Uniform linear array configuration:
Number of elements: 32
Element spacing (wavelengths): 0.5
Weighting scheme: kaiser
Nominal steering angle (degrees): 30
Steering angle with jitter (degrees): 31.066
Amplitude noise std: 0.05
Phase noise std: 0.05

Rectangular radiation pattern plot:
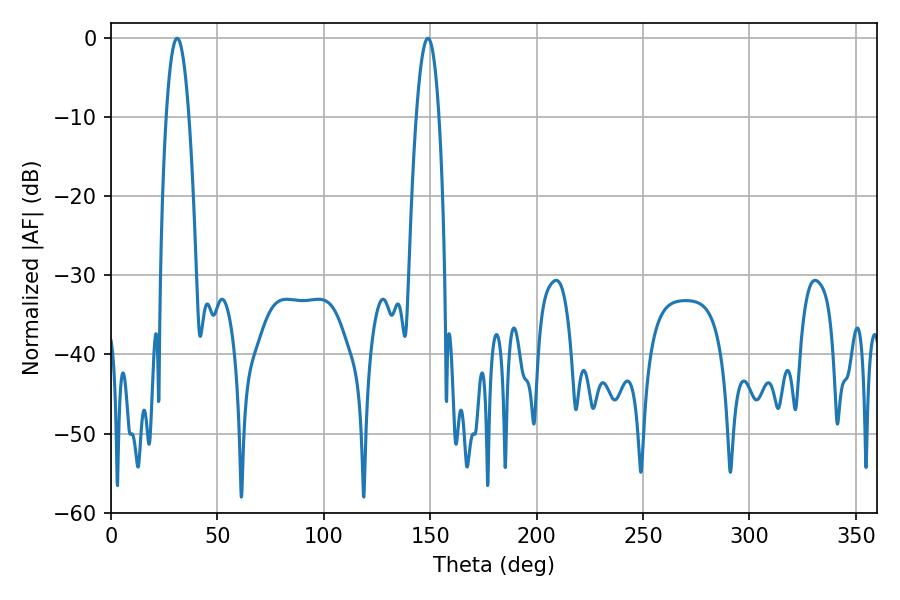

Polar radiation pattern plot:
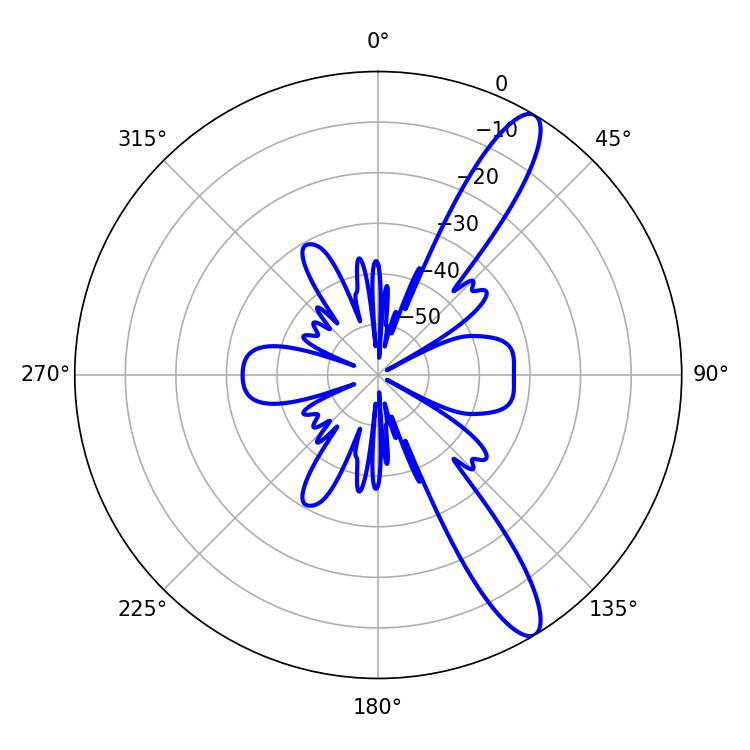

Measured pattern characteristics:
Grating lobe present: FALSE
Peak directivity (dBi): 12.408
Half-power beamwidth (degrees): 5.76
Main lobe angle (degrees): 31.14